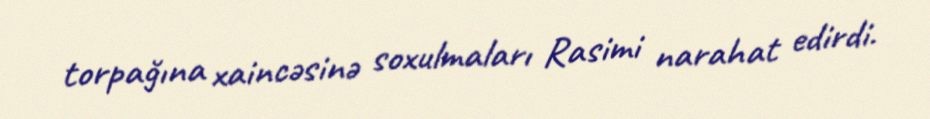
torpağına xaincəsinə soxulmaları Rasimi narahat edirdi.